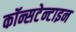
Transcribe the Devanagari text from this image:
कॉन्सटेन्टाइन